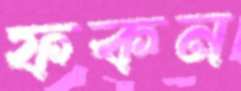
ফকন